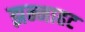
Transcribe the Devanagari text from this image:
झन्नाहट